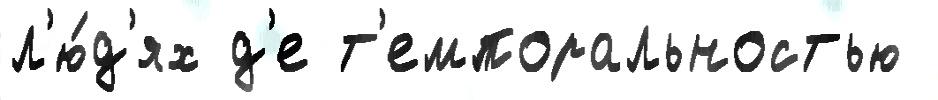
л'ю́д'ях д'е т'емпоральностью